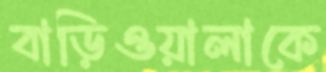
বাড়িওয়ালাকে